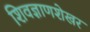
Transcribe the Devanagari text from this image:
शिवज्ञाणशेखर